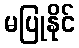
မပြုနိုင်